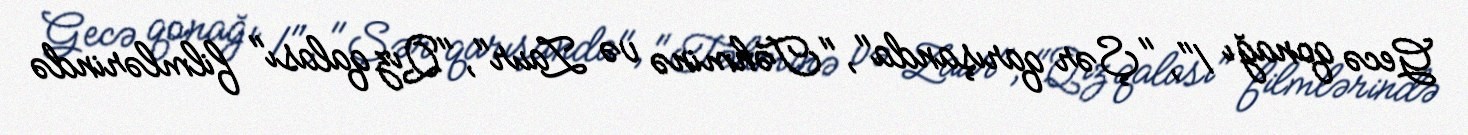
Gecə qonağı 1", "Şər qarışanda", "Təhminə və Zaur", "Qız qalası" filmlərində